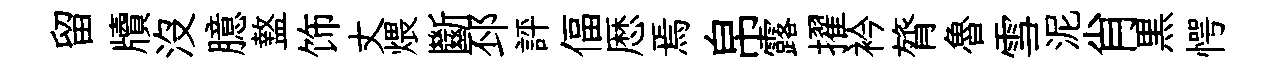
留牘沒臆盩饰丈煨斷邳評偪厯焉帛露擢衿膂魯雪泥肖黒愕